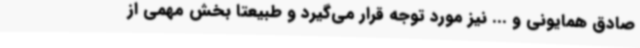
صادق همایونی و ... نیز مورد توجه قرار می‌گیرد و طبیعتا بخش مهمی از